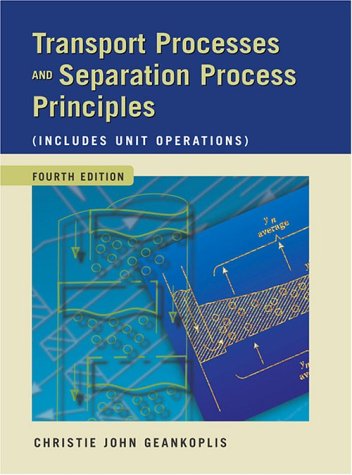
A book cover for Transport Processes and Separation Process Principles (Includes Unit Operations) (4th Edition); Christie John Geankoplis; Engineering & Transportation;